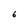
Character: 6